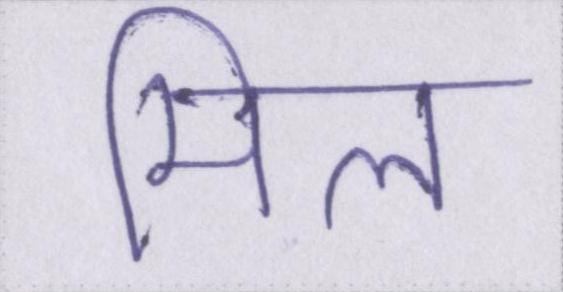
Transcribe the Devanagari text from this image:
मील